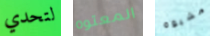
لتحدي المعتوه مشبوه